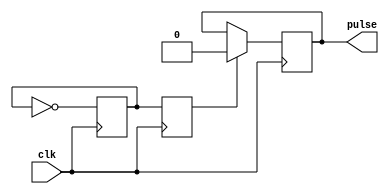
module Rising_Edge_Pulse_Generator (
    input wire clk,
    output reg pulse
);

reg pulse_sync;
reg pulse_sync_delayed;

parameter PULSE_DURATION = 10; // Set the duration of the pulse signal

always @(posedge clk) begin
    pulse_sync <= ~pulse_sync;
end

always @(posedge clk) begin
    pulse_sync_delayed <= pulse_sync;
end

always @(posedge clk) begin
    if (pulse_sync_delayed) begin
        pulse <= 1;
        #PULSE_DURATION;
        pulse <= 0;
    end
end

endmodule